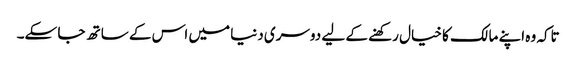
تاکہ وہ اپنے مالک کا خیال رکھنے کے لیے دوسری دنیا میں اس کے ساتھ جا سکے۔